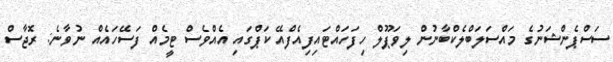
ސަސްޕެންޝަނުގެ މައްސަލަބްލެކްބާނުން ލިވަޕޫލް ހިފަހައްޓައިފިއެފްއޭ ކަޕްގައި އެއްވެސް ޓީމެއް ފަސޭހައެއް ނުވާނެ: ރޮޖާސް